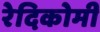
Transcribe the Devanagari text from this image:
रेदिकोमी